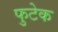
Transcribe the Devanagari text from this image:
फुटेक